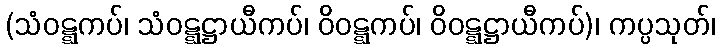
(သံဝဋ္ဋကပ်၊ သံဝဋ္ဋဋ္ဌာယီကပ်၊ ဝိဝဋ္ဋကပ်၊ ဝိဝဋ္ဋဋ္ဌာယီကပ်)၊ ကပ္ပသုတ်၊